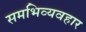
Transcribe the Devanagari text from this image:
समभिव्यवहार